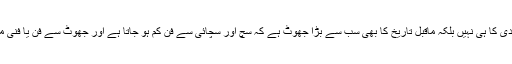
حالانکہ یہ اس صدی کا ہی نہیں بلکہ ماقبل تاریخ کا بھی سب سے بڑا جھوٹ ہے کہ سچ اور سچائی سے فن کم ہو جاتا ہے اور جھوٹ سے فن یا فنی معیار بڑھ جاتا ہے۔